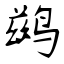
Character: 鹚